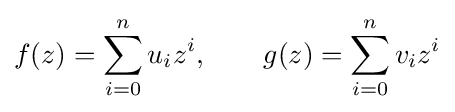
f(z)=\sum _{i=0}^{n}u_{i}z^{i},\qquad g(z)=\sum _{i=0}^{n}v_{i}z^{i}